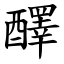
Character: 醳